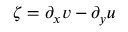
\zeta = \partial _ { x } v - \partial _ { y } u